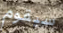
سيقوم